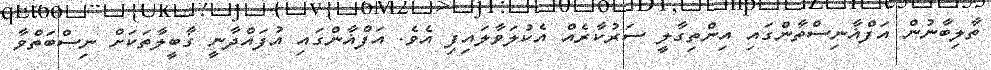
ތާލިބާނުން އަފްޣާނިސްތާންގައި އިންތިގާލީ ސަރުކާރެއް އެކުލަވާލައިފި އެވެ. އަފްޣާންގައި އުފައްދާނީ ގާބީލާތަކަށް ނިސްބަތްވާ